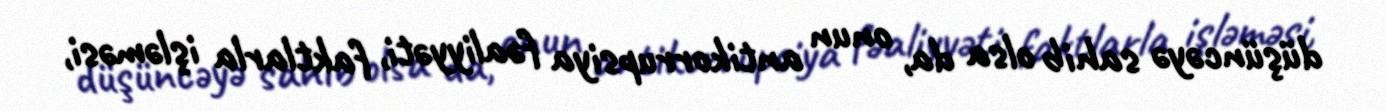
düşüncəyə sahib olsa da, onun antikorrupsiya fəaliyyəti, faktlarla işləməsi,